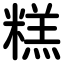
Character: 糕